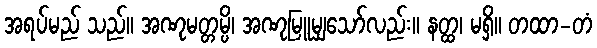
အရပ်မည် သည်။ အဏုမတ္တမ္ပိ၊ အဏုမြူမျှသော်လည်း။ နတ္ထ၊ မရှိ။ တထာ-တံ